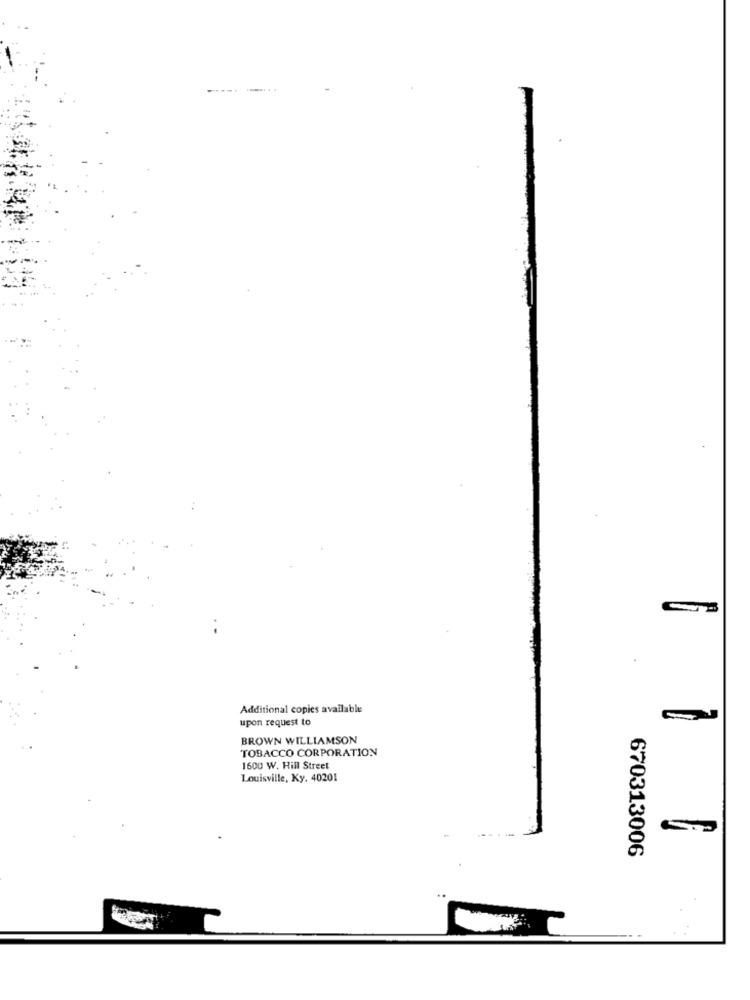
Additional copies available
upon request to
BROWN WILLIAMSON
TOBACCO CORPORATION
1600 W. Hill Street
Louisville, Ky. 40201
670313006